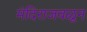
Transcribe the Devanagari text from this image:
मंदिराजवळून